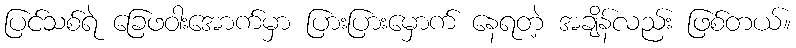
ပြင်သစ်ရဲ ခြေဖဝါးအောက်မှာ ပြားပြားမှောက် နေရတဲ့ အချိန်လည်း ဖြစ်တယ်။